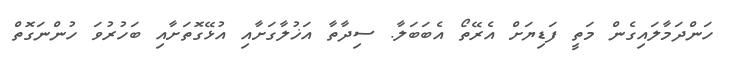
ހަންދަމާލައިގެން މަތީ ފަޑިޔަށް އެރޭތޯ އެބަބަލާ. ސިދާތާ އަޚުލާގަށާއި އުޅޭގޮތަށާއި ބަހުރުވަ ހުންނަގޮތް